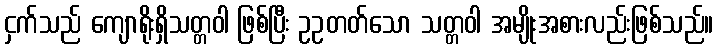
ငှက်သည် ကျောရိုးရှိသတ္တဝါ ဖြစ်ပြီး ဥဥတတ်သော သတ္တဝါ အမျိုးအစားလည်းဖြစ်သည်။